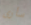
سأرى